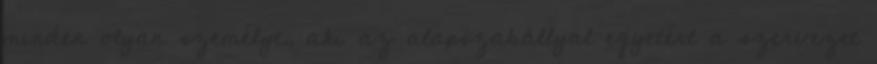
minden olyan személyt, aki az alapszabállyal egyetért a szervezet